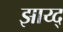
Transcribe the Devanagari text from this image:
झाय्द्